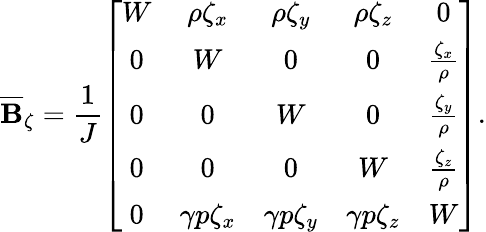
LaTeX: \overline{{\mathbf{B}}}_{\zeta}=\frac{1}{J}\left[\begin{array}{ccccc}{W}&{\rho\zeta_{x}}&{\rho\zeta_{y}}&{\rho\zeta_{z}}&{0}\\ {0}&{W}&{0}&{0}&{\frac{\zeta_{x}}{\rho}}\\ {0}&{0}&{W}&{0}&{\frac{\zeta_{y}}{\rho}}\\ {0}&{0}&{0}&{W}&{\frac{\zeta_{z}}{\rho}}\\ {0}&{\gamma p\zeta_{x}}&{\gamma p\zeta_{y}}&{\gamma p\zeta_{z}}&{W}\end{array}\right].